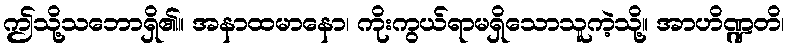
ဤသို့သဘောရှိ၏။ အနာထမာနော၊ ကိုးကွယ်ရာမရှိသောသူကဲ့သို့။ အာဟိဏ္ဍတိ၊